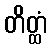
တိတ္ထံ